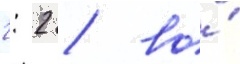
2: 2 / во́